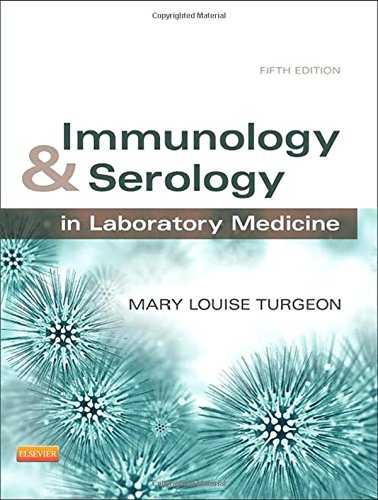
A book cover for Immunology & Serology in Laboratory Medicine, 5e (IMMUNOLOGY & SEROLOGY IN LABORATORY MEDICINE ( TURGEON)); Mary Louise Turgeon EdD  MLS(ASCP)CM; Medical Books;